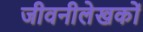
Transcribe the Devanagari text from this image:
जीवनीलेखकों